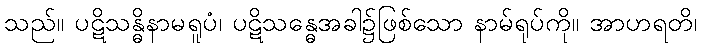
သည်။ ပဋိသန္ဓိနာမရူပံ၊ ပဋိသန္ဓေအခါ၌ဖြစ်သော နာမ်ရုပ်ကို။ အာဟရတိ၊